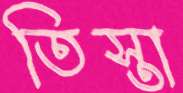
তিস্তা